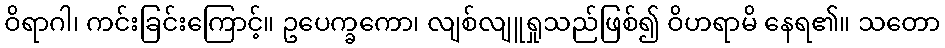
ဝိရာဂါ၊ ကင်းခြင်းကြောင့်။ ဥပေက္ခကော၊ လျစ်လျူရှုသည်ဖြစ်၍ ဝိဟရာမိ နေရ၏။ သတော